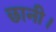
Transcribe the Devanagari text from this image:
छानी।